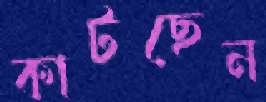
কাটছেন